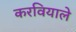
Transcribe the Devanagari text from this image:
करवियाले